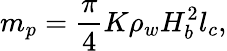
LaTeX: m_{p}=\frac{\pi}{4}K\rho_{w}H_{b}^{2}l_{c},